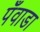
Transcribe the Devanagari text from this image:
पँवाडा